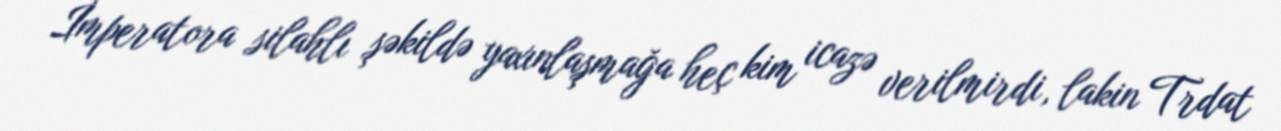
İmperatora silahlı şəkildə yaxınlaşmağa heç kim icazə verilmirdi, lakin Trdat